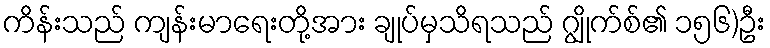
ကိန်းသည် ကျန်းမာရေးတို့အား ချုပ်မှသိရသည် ဂျွိုက်စ်၏ ၁၅၆)ဦး